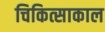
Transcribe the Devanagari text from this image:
चिकित्साकाल